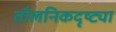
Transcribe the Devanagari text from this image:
तौलनिकदृष्ट्या